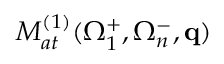
{ \cal M } _ { a t } ^ { ( 1 ) } ( \Omega _ { 1 } ^ { + } , \Omega _ { n } ^ { - } , \mathbf { q } )